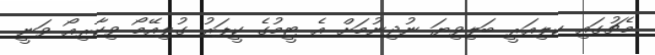
މެޗުގައި ކލިއަރީ ބަލިވިޔަ ނުދިނުމަށް އެ ޓީމުގެ ކީޕަރު ގުލިއޭމޯ ވިކާރިއޯ ވަނީ